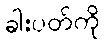
ခါးပတ်ကို